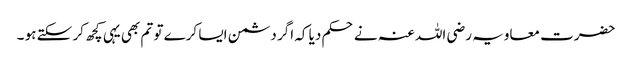
حضرت معاویہ رضی اللہ عنہ نے حکم دیا کہ اگر دشمن ایسا کرے تو تم بھی یہی کچھ کر سکتے ہو ۔